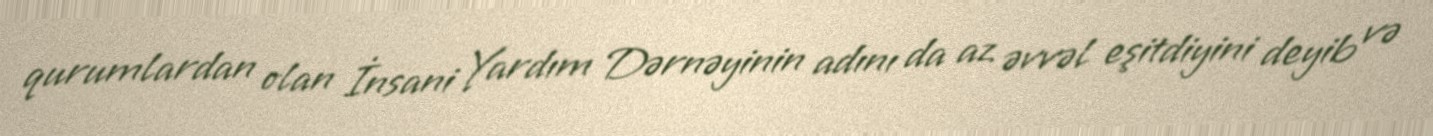
qurumlardan olan İnsani Yardım Dərnəyinin adını da az əvvəl eşitdiyini deyib və